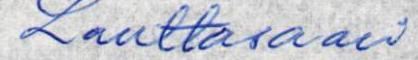
Lauttasaari